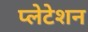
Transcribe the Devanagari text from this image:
प्लेटेशन